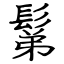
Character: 鬀